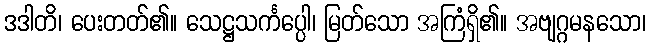
ဒဒါတိ၊ ပေးတတ်၏။ သေဋ္ဌသင်္ကပ္ပေါ၊ မြတ်သော အကြံရှိ၏။ အဗျဂ္ဂမနသော၊